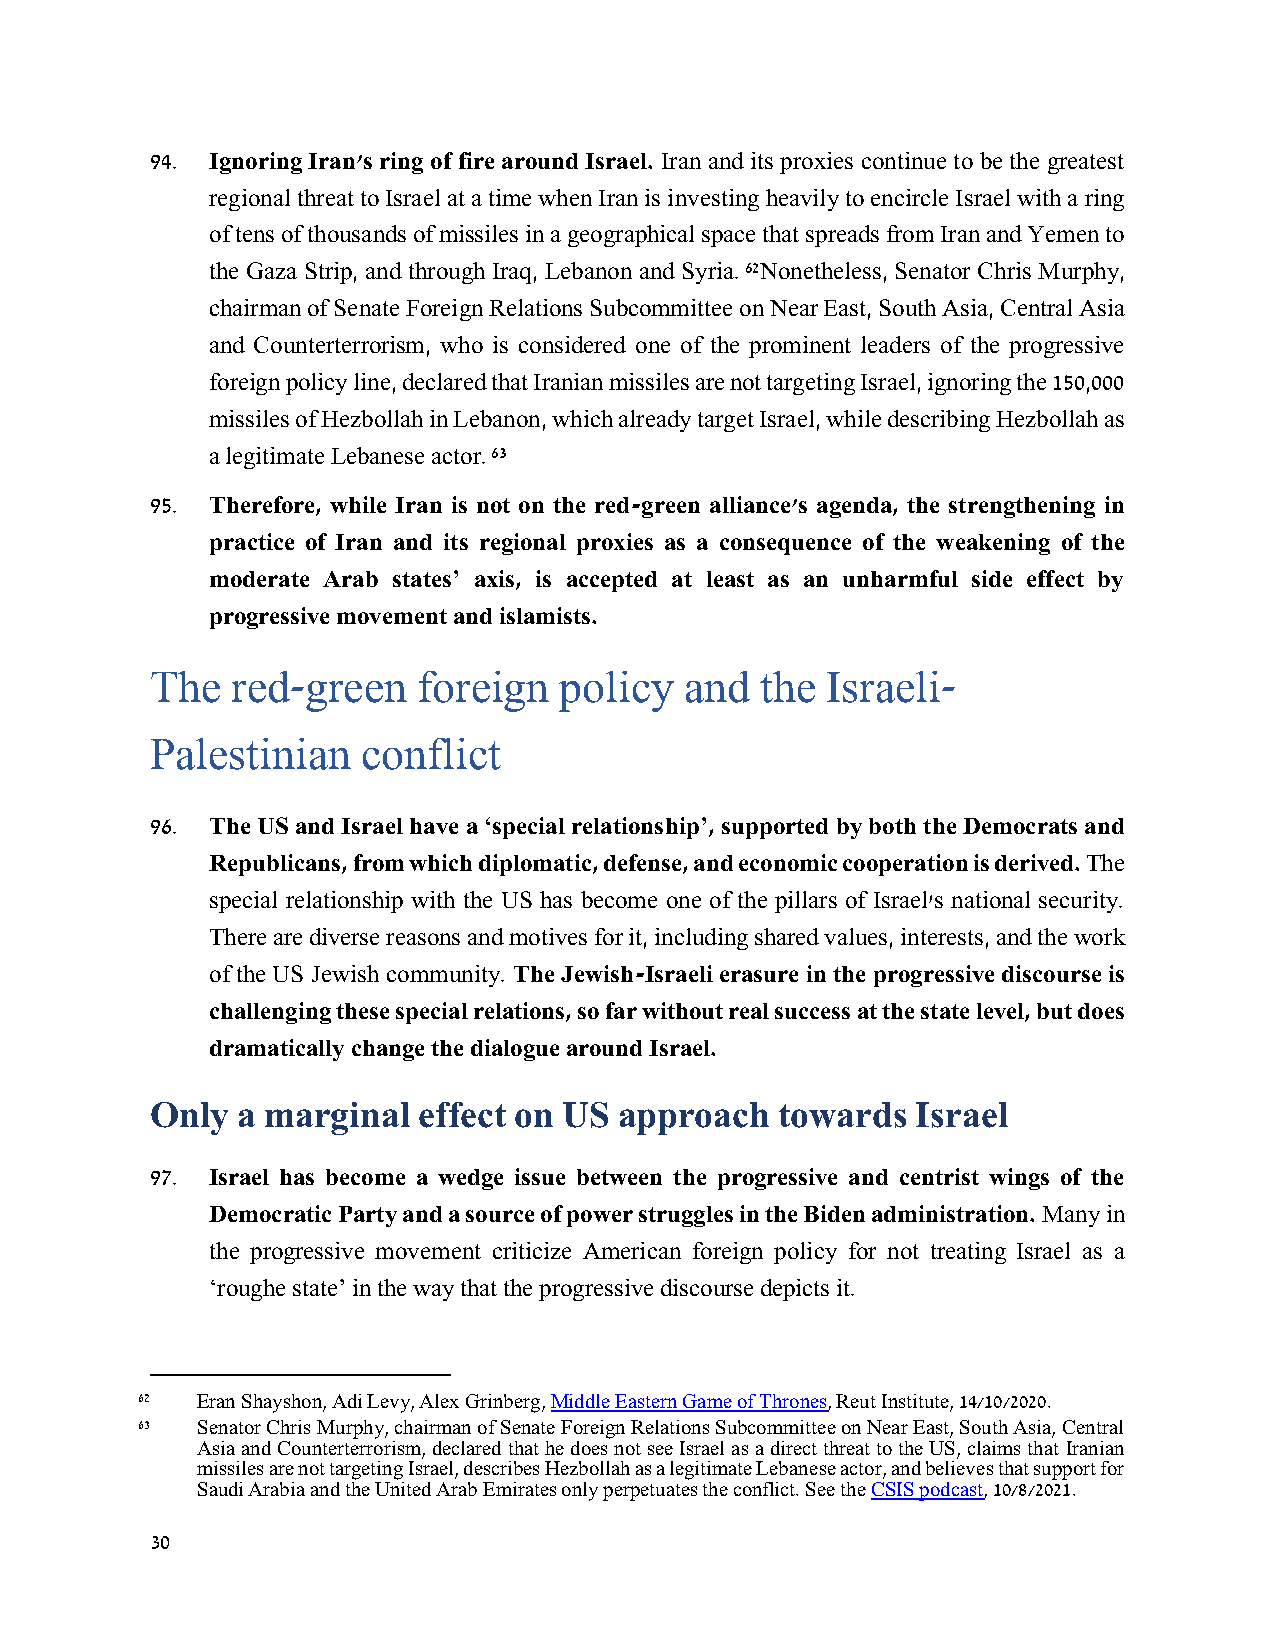
94. Ignoring Iran's ring of fire around Israel. Iran and its proxies continue to be the greatest
 regional threat to Israel at a time when Iran is investing heavily to encircle Israel with a ring
 of tens of thousands of missiles in a geographical space that spreads from Iran and Yemen to
 the Gaza Strip, and through Iraq, Lebanon and Syria. 62Nonetheless, Senator Chris Murphy,
 chairman of Senate Foreign Relations Subcommittee on Near East, South Asia, Central Asia
 and Counterterrorism, who is considered one of the prominent leaders of the progressive
 foreign policy line, declared that Iranian missiles are not targeting Israel, ignoring the 150,000
 missiles of Hezbollah in Lebanon, which already target Israel, while describing Hezbollah as
 a legitimate Lebanese actor. 63
 95. Therefore, while Iran is not on the red-green alliance's agenda, the strengthening in
 practice of Iran and its regional proxies as a consequence of the weakening of the
 moderate Arab states’ axis, is accepted at least as an unharmful side effect by
 progressive movement and islamists.
 The  red-green    foreign  policy  and  the  Israeli-
 Palestinian   conflict
 96. The US and Israel have a ‘special relationship’, supported by both the Democrats and
 Republicans, from which diplomatic, defense, and economic cooperation is derived. The
 special relationship with the US has become one of the pillars of Israel's national security.
 There are diverse reasons and motives for it, including shared values, interests, and the work
 of the US Jewish community. The Jewish-Israeli erasure in the progressive discourse is
 challenging these special relations, so far without real success at the state level, but does
 dramatically change the dialogue around Israel.
 Only  a marginal  effect on US approach   towards  Israel
 97. Israel has become a wedge issue between the progressive and centrist wings of the
 Democratic Party and a source of power struggles in the Biden administration. Many in
 the progressive movement criticize American foreign policy for not treating Israel as a
 ‘roughe state’ in the way that the progressive discourse depicts it.
 62  Eran Shayshon, Adi Levy, Alex Grinberg, Middle Eastern Game of Thrones, Reut Institute, 14/10/2020.
 63  Senator Chris Murphy, chairman of Senate Foreign Relations Subcommittee on Near East, South Asia, Central
 Asia and Counterterrorism, declared that he does not see Israel as a direct threat to the US, claims that Iranian
 missiles are not targeting Israel, describes Hezbollah as a legitimate Lebanese actor, and believes that support for
 Saudi Arabia and the United Arab Emirates only perpetuates the conflict. See the CSIS podcast, 10/8/2021.
 30